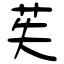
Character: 苵